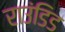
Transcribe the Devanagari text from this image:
राउंडिड